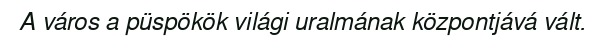
A város a püspökök világi uralmának központjává vált.